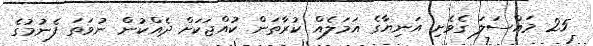
25 މައްސަލަ ގެވެށި އަނިޔާގެ އަމަލެއް ކުރާތަން ކުއްޖަކަށް ދެއްކުން ނުވަތަ ފެނުމުގެ